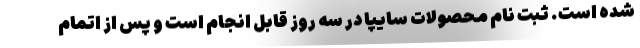
شده است. ثبت نام محصولات سایپا در سه روز قابل انجام است و پس از اتمام